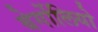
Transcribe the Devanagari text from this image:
बेर्गोलियो